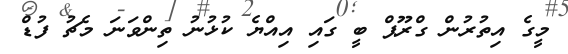
މީގެ އިތުރުން ގްރޫޕް ބީ ގައި އިއްޔެ ކުޅުނު ތިންވަނަ މެޗު ފުޑް